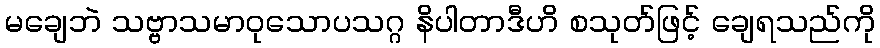
မချေဘဲ သဗ္ဗာသမာဝုသောပသဂ္ဂ နိပါတာဒီဟိ စသုတ်ဖြင့် ချေရသည်ကို